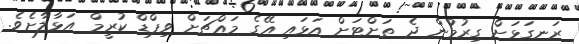
ރަނގަޅަށް ގިރުމުން ދެ ތަށްޓަށް އަޅައި އޭގެ މައްޗަށް ވިޕްޑް ކުރީމް އަޅާލާށެވެ.